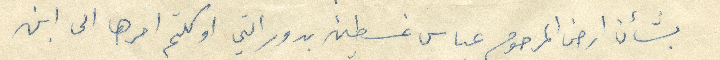
بشأن أرض المرحوم عباس غسطين بدوراتي اوكلتم امرها الى ابن